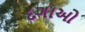
દગાઓ